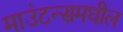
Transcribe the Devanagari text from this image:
माउंटन्समधील